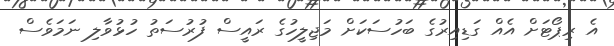
އެ ރިޕޯޓަށް އެއް ގަޑިއިރުގެ ބަހުސަކަށް މަޖިލީހުގެ ރައީސް ފުރުސަތު ހުޅުވާލި ނަމަވެސް